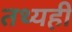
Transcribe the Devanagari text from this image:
तथ्यही